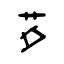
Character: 芕